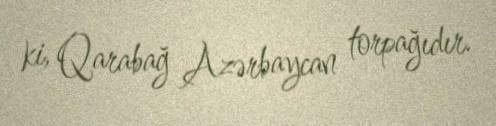
ki, Qarabağ Azərbaycan torpağıdır.